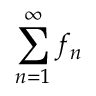
\sum _ { n = 1 } ^ { \infty } f _ { n }